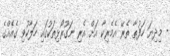
- މިދިޔަ ހަފުތާ ތެރޭ އެމެރިކާ އަށް އެރި ނަގޫރޯޅިތަކުގައި ހަލާކުވި ގެއެއްގެ